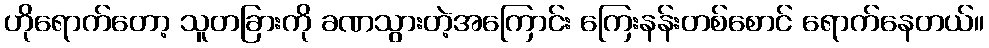
ဟိုရောက်တော့ သူတခြားကို ခဏသွားတဲ့အကြောင်း ကြေးနန်းတစ်စောင် ရောက်နေတယ်။